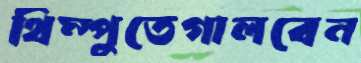
থিম্পুতেগালবেন